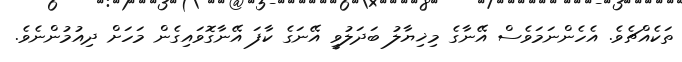
ތަކެއްޗެވެ. އެހެންނަމަވެސް އޭނާގެ މިޚިޔާލު ބަދަލުވީ އޭނަގެ ކާފަ އޭނާގޮވައިގެން މަހަށް ދިއުމުންނެވެ.